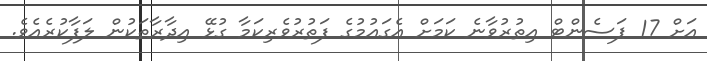
އަށް 17 ޕަސެންޓް އިތުރުވާނެ ކަަމަށް އެގައުމުގެ ފަތުރުވެރިކަމާ ގުޅޭ އިދާރާތަކުން ލަފާކުރެއެވެ.